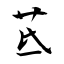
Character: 茋